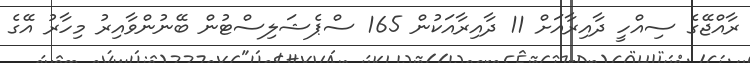
ރާއްޖޭގެ ސިއްހީ ދާއިރާއަށް 11 ދާއިރާއަކުން 165 ސްޕެޝަލިސްޓުން ބޭނުންވާއިރު މިހާރު އޭގެ